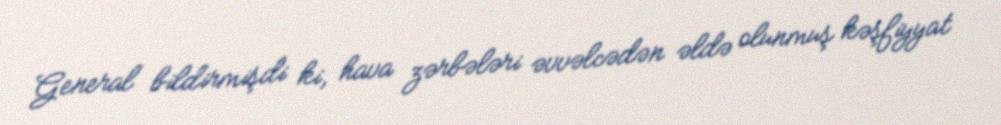
General bildirmişdi ki, hava zərbələri əvvəlcədən əldə olunmuş kəşfiyyat